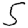
Digit: 5